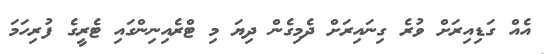
އެއް ގަޑިއިރަށް ވުރެ ގިނައިރަށް ދެމިގެން ދިޔަ މި ޓްރެއިނިންގައި ޓެރީގެ ފުރިހަމަ